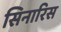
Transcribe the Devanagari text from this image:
सिनारिस